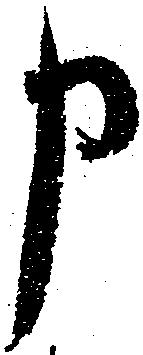
申